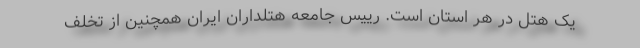
یک هتل در هر استان است. رییس جامعه هتلداران ایران همچنین از تخلف